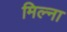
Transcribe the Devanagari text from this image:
मिल्ना